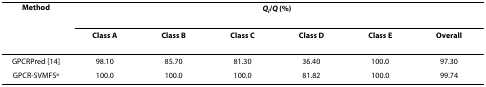
<table><thead><tr><td><b>Method</b></td><td colspan="6"><b><i>Q<sub>i</sub></i>/<i>Q </i>(%)</b></td></tr><tr><td></td><td><b>Class A</b></td><td><b>Class B</b></td><td><b>Class C</b></td><td><b>Class D</b></td><td><b>Class E</b></td><td><b>Overall</b></td></tr></thead><tbody><tr><td>GPCRPred [14]</td><td>98.10</td><td>85.70</td><td>81.30</td><td>36.40</td><td>100.0</td><td>97.30</td></tr><tr><td>GPCR-SVMFS<sup>a</sup></td><td>100.0</td><td>100.0</td><td>100.0</td><td>81.82</td><td>100.0</td><td>99.74</td></tr></tbody></table>